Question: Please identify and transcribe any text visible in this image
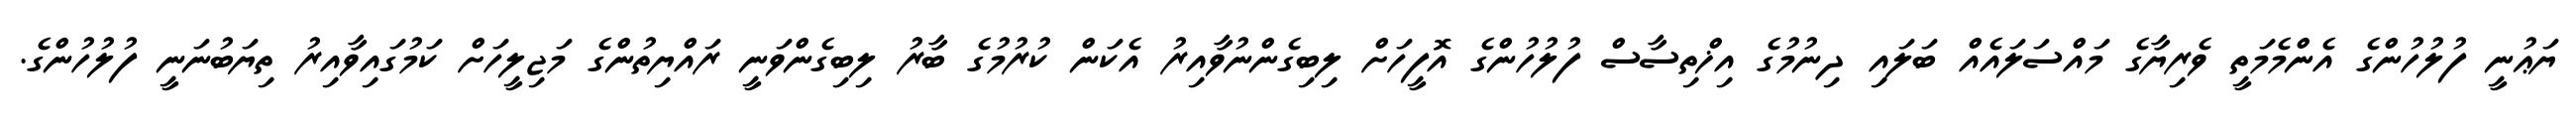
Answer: ޔަޢުނީ ފުލުހުންގެ އެންމެމަތީ ވެރިޔާގެ މައްސަލައެއް ބަލައި ދިނުމުގެ އިޚްތިސާސް ފުލުހުންގެ އޮފީހަށް ލިބިގެންނުވާއިރު އެކަން ކުރުމުގެ ބާރު ލިބިގެންވަނީ ރައްޔިތުންގެ މަޖިލީހަށް ކަމުގައިވާއިރު ތިޔަބުނަނީ ފުލުހުންގެ.